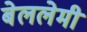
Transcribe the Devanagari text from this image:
बेललेमी